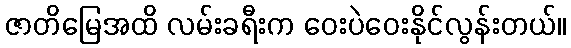
ဇာတိမြေအထိ လမ်းခရီးက ဝေးပဲဝေးနိုင်လွန်းတယ်။